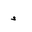
Letter: _hamza